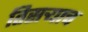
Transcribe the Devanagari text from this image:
तिसर्‍याच